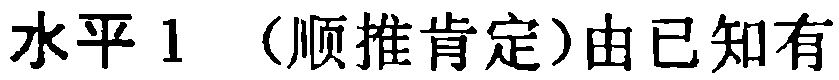
水平 1 （顺推肯定）由已知有